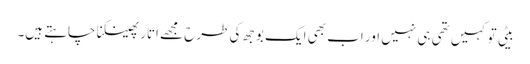
بیٹی تو کہیں تھی ہی نہیں اور اب بھی ایک بوجھ کی طرح مجھے اتار پھینکنا چاہتے ہیں۔